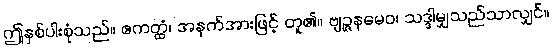
ဤနှစ်ပါးစုံသည်။ ဧကတ္ထံ၊ အနက်အားဖြင့် တူ၏။ ဗျဉ္ဇနမေဝ၊ သဒ္ဒါမျှသည်သာလျှင်။